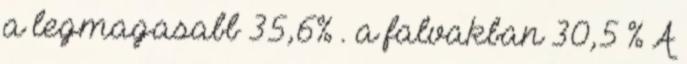
a legmagasabb 35,6% . a falvakban 30,5 % A